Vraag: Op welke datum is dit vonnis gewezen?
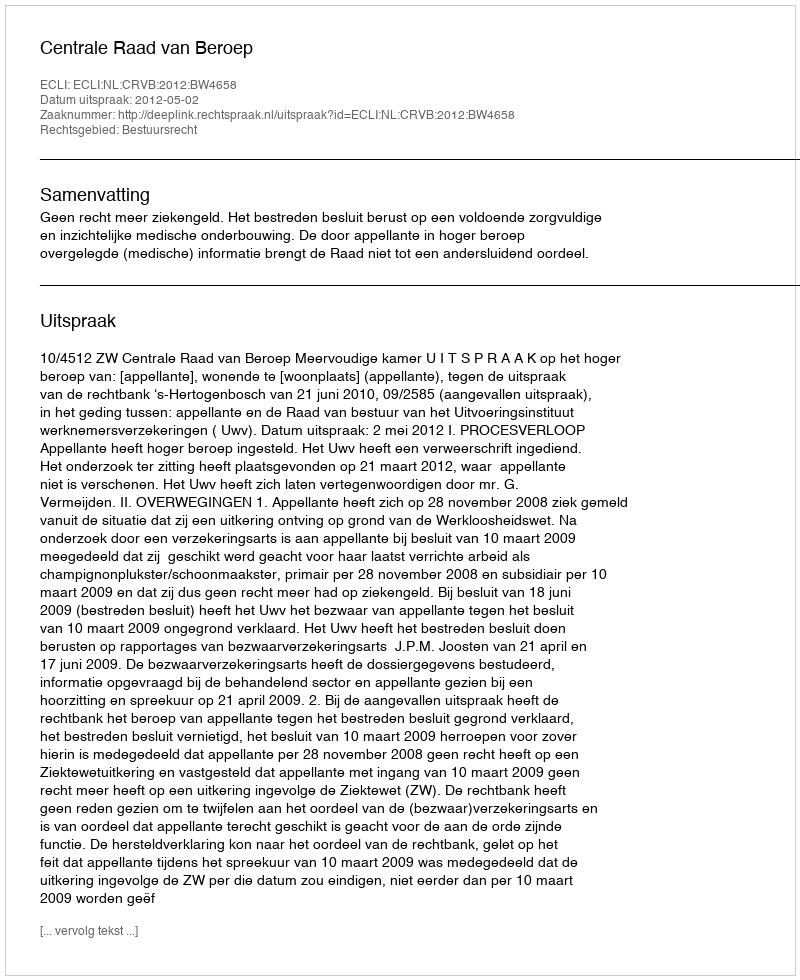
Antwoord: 2012-05-02